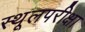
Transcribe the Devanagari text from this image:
स्थूलपरीक्षा